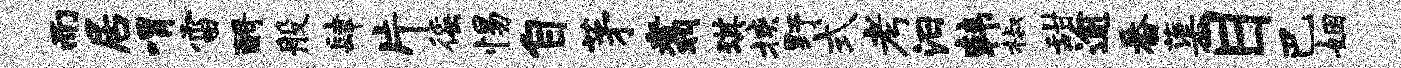
而居喟雷酹般肆片徭惕自茅翥琪挟野式考汨韩椒甜逾番蕖目巴姻